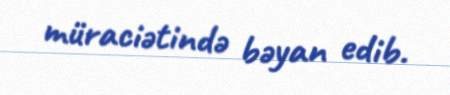
müraciətində bəyan edib.